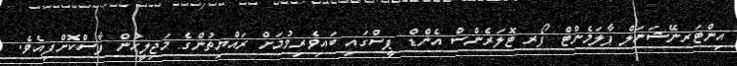
އިންޓަރނޭޝަނަލް ޕާލަމެންޓް ފޯރ ޓޮލަރެންސް އެންޑް ޕީސްގައި ބައިވެރިވުމަށް ރައްޔިތުންގެ މަޖިލީހުން ފާސްކޮށްފިއެވެ.